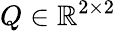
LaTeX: Q\in\mathbb{R}^{2\times 2}